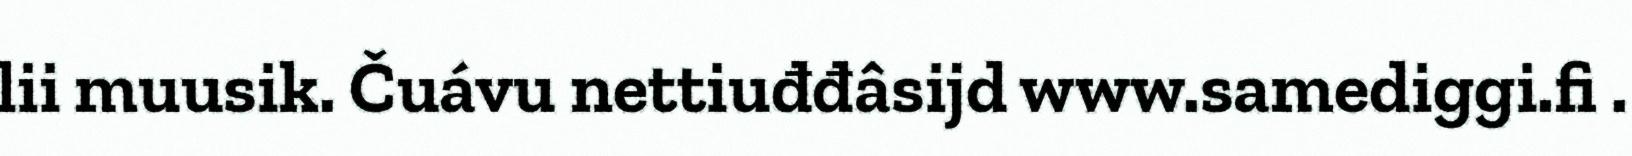
lii muusik. Čuávu nettiuđđâsijd www.samediggi.fi .